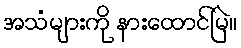
အသံများကို နားထောင်မြဲ။